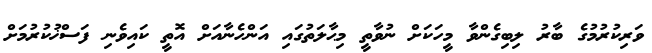
ވަރިކުރުމުގެ ބާރު ލިބިގެންވާ މީހަކަށް ނުވާތީ މިޙާލަތުގައި އަންހެނާއަށް އޮތީ ކައިވެނި ފަސްޚުކުރުމަށް